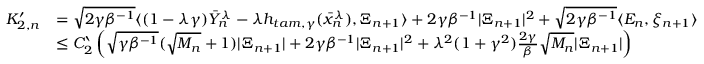
\begin{array} { r l } { K _ { 2 , n } ^ { \prime } } & { = \sqrt { 2 \gamma \beta ^ { - 1 } } \langle ( 1 - \lambda \gamma ) \bar { Y } _ { n } ^ { \lambda } - \lambda h _ { t a m , \gamma } ( \bar { x } _ { n } ^ { \lambda } ) , \Xi _ { n + 1 } \rangle + 2 \gamma \beta ^ { - 1 } | \Xi _ { n + 1 } | ^ { 2 } + \sqrt { 2 \gamma \beta ^ { - 1 } } \langle E _ { n } , \xi _ { n + 1 } \rangle } \\ & { \leq C ` _ { 2 } \left( \sqrt { \gamma \beta ^ { - 1 } } ( \sqrt { M _ { n } } + 1 ) | \Xi _ { n + 1 } | + 2 \gamma \beta ^ { - 1 } | \Xi _ { n + 1 } | ^ { 2 } + \lambda ^ { 2 } ( 1 + \gamma ^ { 2 } ) \frac { 2 \gamma } { \beta } \sqrt { M _ { n } } | \Xi _ { n + 1 } | \right) } \end{array}